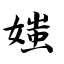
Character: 媸